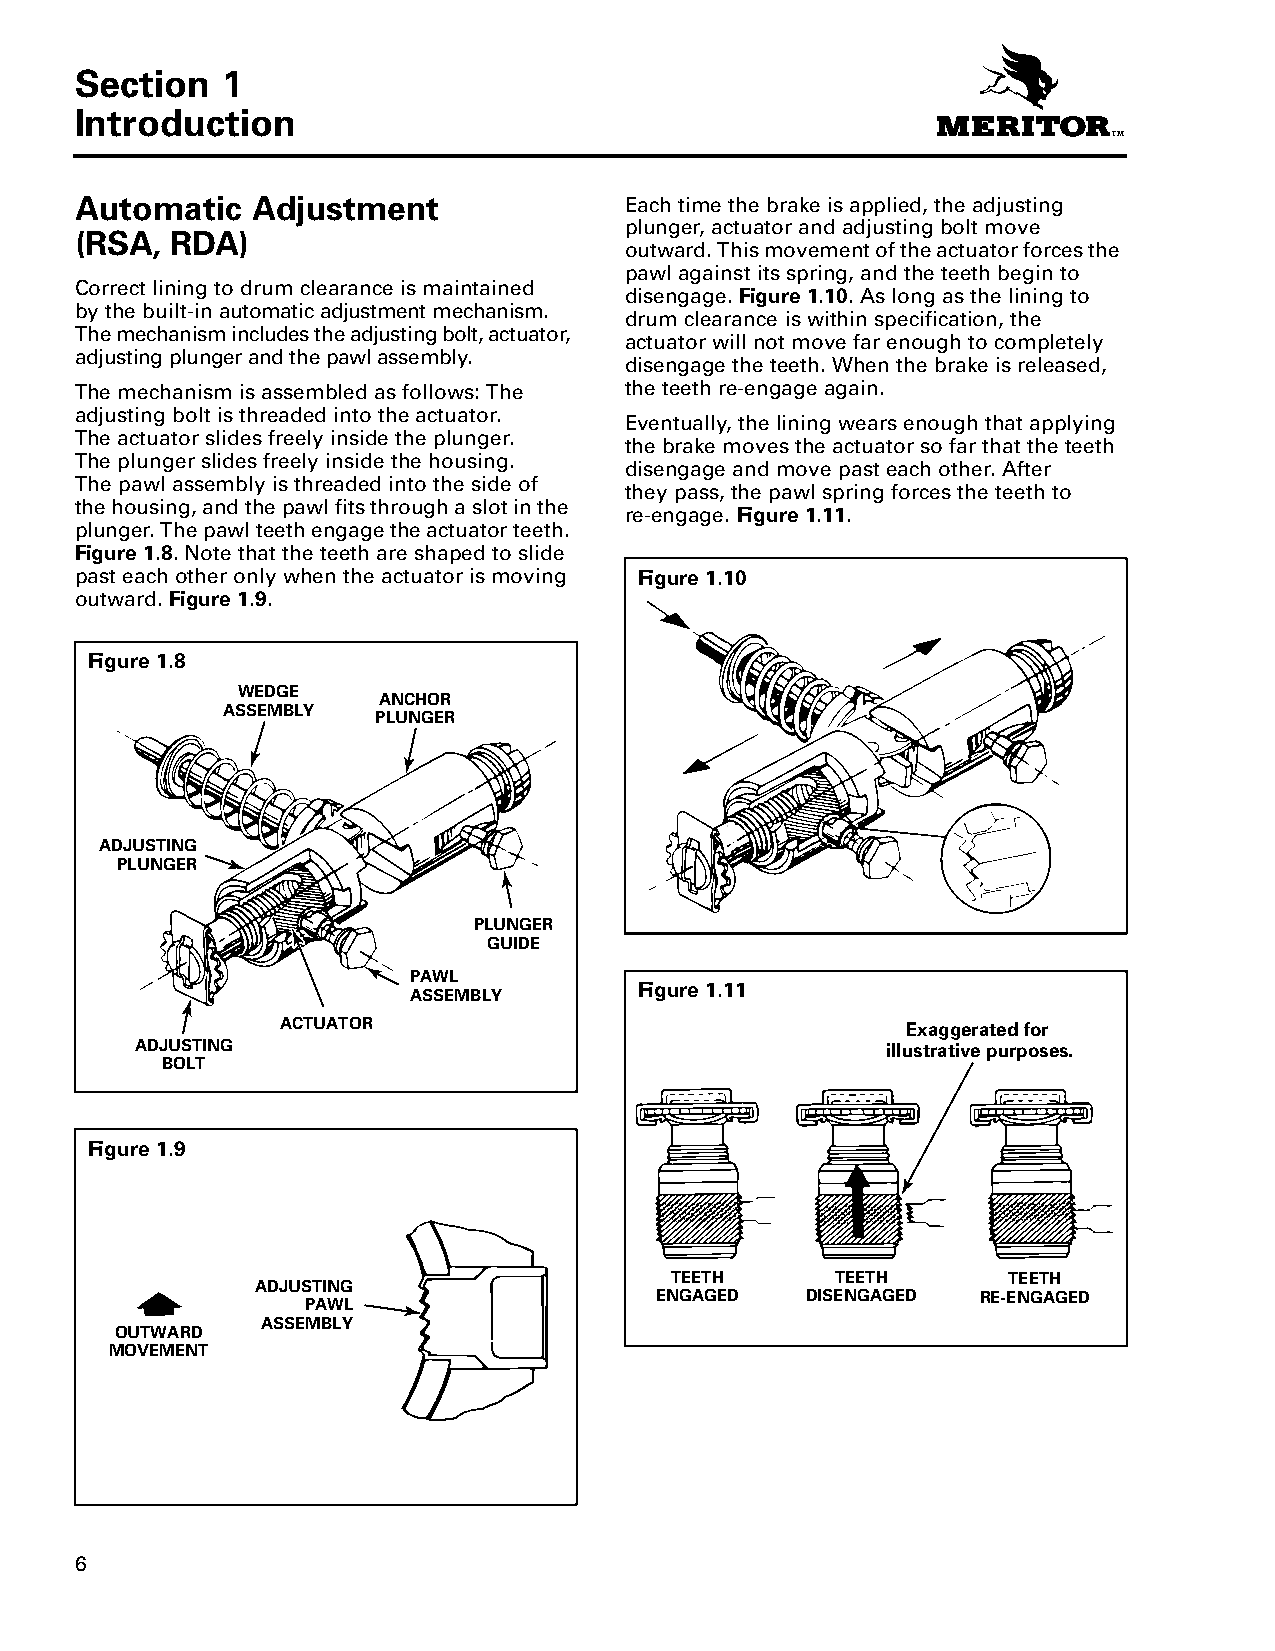
Section   1
 Introduction
 Automatic   Adjustment              Each time the brake is applied, the adjusting
 plunger, actuator and adjusting bolt move
 (RSA, RDA)
 outward. This movement of the actuator forces the
 pawl against its spring, and the teeth begin to
 Correct lining to drum clearance is maintained
 disengage. Figure 1.10. As long as the lining to
 by the built-in automatic adjustment mechanism.
 drum clearance is within specification, the
 The mechanism includes the adjusting bolt, actuator,
 actuator will not move far enough to completely
 adjusting plunger and the pawl assembly.
 disengage the teeth. When the brake is released,
 The mechanism is assembled as follows: The the teeth re-engage again.
 adjusting bolt is threaded into the actuator.
 Eventually, the lining wears enough that applying
 The actuator slides freely inside the plunger.
 the brake moves the actuator so far that the teeth
 The plunger slides freely inside the housing.
 disengage and move past each other. After
 The pawl assembly is threaded into the side of
 they pass, the pawl spring forces the teeth to
 the housing, and the pawl fits through a slot in the
 re-engage. Figure 1.11.
 plunger. The pawl teeth engage the actuator teeth.
 Figure 1.8. Note that the teeth are shaped to slide
 past each other only when the actuator is moving Figure 1.10
 outward. Figure 1.9.
 Figure 1.8
 WEDGE
 ANCHOR
 ASSEMBLY
 PLUNGER
 ADJUSTING
 PLUNGER
 PLUNGER
 GUIDE
 PAWL
 Figure 1.11
 ASSEMBLY
 ACTUATOR                                 Exaggerated for
 ADJUSTING                                         illustrative purposes.
 BOLT
 Figure 1.9
 TEETH      TEETH       TEETH
 ADJUSTING
 ENGAGED   DISENGAGED  RE-ENGAGED
 PAWL
 ASSEMBLY
 OUTWARD
 MOVEMENT
 6